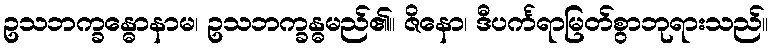
ဥသဘက္ခန္ဓောနာမ၊ ဥသဘက္ခန္ဓမည်၏။ ဇိနော၊ ဒီပင်္ကရာမြတ်စွာဘုရားသည်။